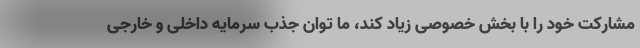
مشارکت خود را با بخش خصوصی زیاد کند، ما توان جذب سرمایه داخلی و خارجی